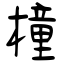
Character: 橦